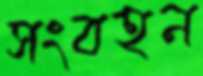
সংবহন